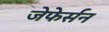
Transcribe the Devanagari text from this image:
जेफेर्सन